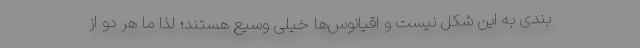
بندی به این شکل نیست و اقیانوس‌ها خیلی وسیع هستند؛ لذا ما هر دو از